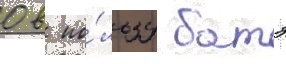
0 в по́льзу батэ